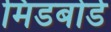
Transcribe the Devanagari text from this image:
मिडबोर्ड